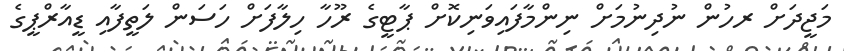
މަޖީދަށް ރހުން ނުދިނުމަށް ނިންމާފައިވަނިކޮށް ޕާޓީގެ ރޫހާ ހިލާފަށް ހަސަން ލަތީފާއި ޑީއާރްޕީގެ